Report of the King Institute of Preventive Medicine, Guindy
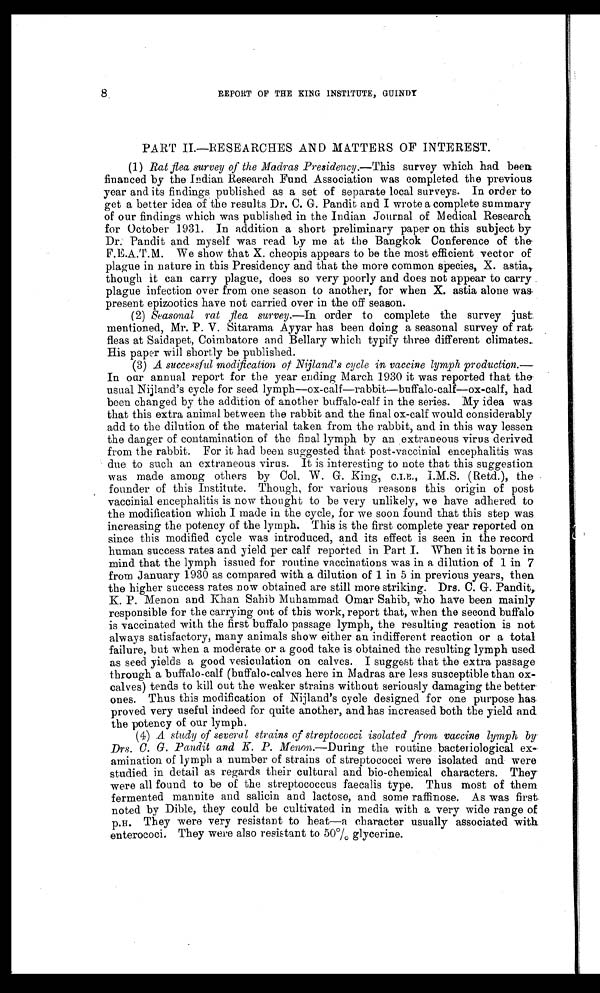
8
REPORT OF THE KING INSTITUTE, GUINDY
PART II.—RESEARCHES AND MATTERS OF INTEREST.
(1) Rat flea survey of the Madras Presidency.— This survey which had been
financed by the Indian Research Fund Association was completed the previous
year and its findings published as a set of separate local surveys. In order to
get a better idea of the results Dr. C. G. Pandit and I wrote a complete summary
of our findings which was published in the Indian Journal of Medical Research
for October 1931. In addition a short preliminary paper on this subject by
Dr. Pandit and myself was read by me at the Bangkok Conference of the
F.E.A.T.M. We show that X. cheopis appears to be the most efficient vector of
plague in nature in this Presidency and that the more common species, X. astia,
though it can carry plague, does so very poorly and does not appear to carry
plague infection over from one season to another, for when X. astia alone was,
present epizootics have not carried over in the off season.
(2) Seasonal rat flea survey.—In order to complete the survey just.
mentioned, Mr. P. V. Sitarama Ayyar has been doing a seasonal survey of rat
fleas at Saidapet, Coimbatore and Bellary which typify three different climates.
His paper will shortly be published.
(3) A successful modification of Nijland's cycle in vaccine lymph production.—
In our annual report for the year ending March 1930 it was reported that the
usual Nijland's cycle for seed lymph—ox-calf—rabbit—buffalo-calf—ox-calf, had
been changed by the addition of another buffalo-calf in the series. My idea was
that this extra animal between the rabbit and the final ox-calf would considerably
add to the dilution of the material taken from the rabbit, and in this way lessen
the danger of contamination of the final lymph by an extraneous virus derived
from the rabbit. For it had been suggested that post-vaccinial encephalitis was
due to such an extraneous virus. It is interesting to note that this suggestion
was made among others by Col. W. G. King, C.I.E., I.M.S. (Retd.), the
founder of this Institute. Though, for various reasons this origin of post
vaccinial encephalitis is now thought to be very unlikely, we have adhered to
the modification which I made in the cycle, for we soon found that this step was
increasing the potency of the lymph. This is the first complete year reported on
since this modified cycle was introduced, and its effect is seen in the record
human success rates and yield per calf reported in Part I. When it is borne in
mind that the lymph issued for routine vaccinations was in a dilution of 1 in 7
from January 1930 as compared with a dilution of 1 in 5 in previous years, then
the higher success rates now obtained are still more striking. Drs. C. G. Pandit,
K. P. Menon and Khan Sahib Muhammad Omar Sahib, who have been mainly
responsible for the carrying out of this work, report that, when the second buffalo
is vaccinated with the first buffalo passage lymph, the resulting reaction is not
always satisfactory, many animals show either an indifferent reaction or a total
failure, but when a moderate or a good take is obtained the resulting lymph used
as seed yields a good vesiculation on calves. I suggest that the extra passage
through a buffalo-calf (buffalo-calves here in Madras are less susceptible than ox
-calves) tends to kill out the weaker strains without seriously damaging the better
ones. Thus this modification of Nijland's cycle designed for one purpose has
proved very useful indeed for quite another, and has increased both the yield and
the potency of our lymph.
(4) A study of several strains of streptococci isolated from vaccine lymph by
Drs. C. G. Pandit and K. P. Menon.—During the routine bacteriological ex
- a m i n a t i o n o f l y m p h a n u m b e r o f s t r a i n s o f s t r e p t o c o c c i w e r e i s o l a t e d a n d w e r e
studied in detail as regards their cultural and bio-chemical characters. They
were all found to be of the streptococcus faecalis type. Thus most of them
fermented marmite and salicin and lactose, and some raffinose. As was first
noted by Dible, they could be cultivated in media with a very wide range of
p.H. They were very resistant to heat—a character usually associated with
enterococi. They were also resistant to 50% glycerine.